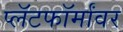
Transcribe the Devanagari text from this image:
प्लॅटफॉर्मांवर